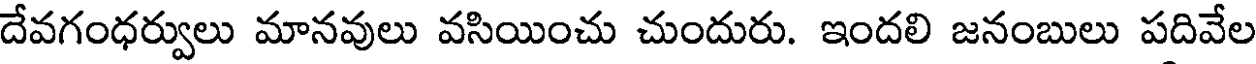
దేవగంధర్వులు మానవులు వసియించు చుందురు. ఇందలి జనంబులు పదివేల